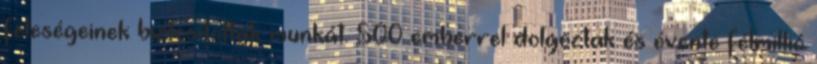
feleségeinek biztosítottak munkát. 500 emberrel dolgoztak és évente félmillió